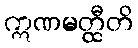
ဣဏမတ္ထီတိ